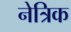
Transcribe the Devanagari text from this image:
नेत्रिक